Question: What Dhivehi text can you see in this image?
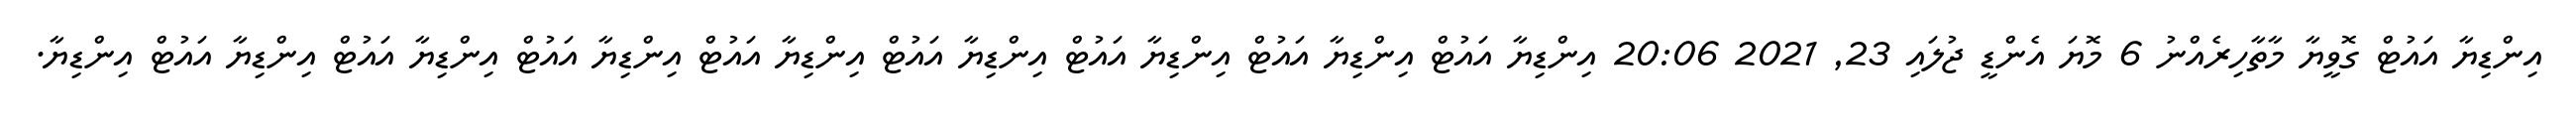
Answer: އިންޑިޔާ އައުޓް ގޮވީޔާ މާތާހިރެއްނު 6 މޮޔަ އެންޑީ ޖުލައި 23, 2021 20:06 އިންޑިޔާ އައުޓް އިންޑިޔާ އައުޓް އިންޑިޔާ އައުޓް އިންޑިޔާ އައުޓް އިންޑިޔާ އައުޓް އިންޑިޔާ އައުޓް އިންޑިޔާ އައުޓް އިންޑިޔާ އައުޓް އިންޑިޔާ.